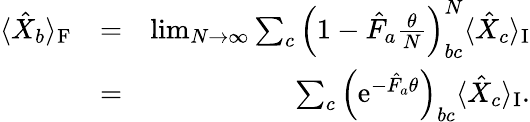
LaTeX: \begin{array}{rlr}{\langle\hat{X}_{b}\rangle_{\mathrm{F}}}&{=}&{\operatorname*{lim}_{N\rightarrow\infty}\sum_{c}\left(1-\hat{F}_{a}\frac{\theta}{N}\right)_{bc}^{N}\langle\hat{X}_{c}\rangle_{\mathrm{I}}}\\ &{=}&{\sum_{c}\left(\mathrm{e}^{-\hat{F}_{a}\theta}\right)_{bc}\langle\hat{X}_{c}\rangle_{\mathrm{I}}.}\end{array}